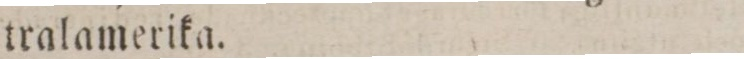
tralamerika.